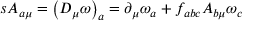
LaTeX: s A _ { a \mu } = \left( D _ { \mu } \omega \right) _ { a } = \partial _ { \mu } \omega _ { a } + f _ { a b c } A _ { b \mu } \omega _ { c }